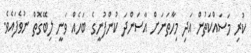
ކުރި މަސައްކަތުން އަދި މިހާތަނަށް އާސަންދަ ކުންފުނީގެ ބަހެއް ވަނީ ލިބޭގޮތް ނުވެފައެވެ.